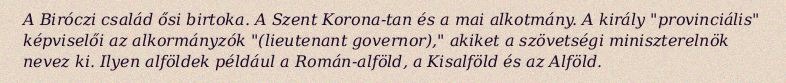
A Biróczi család ősi birtoka. A Szent Korona-tan és a mai alkotmány. A király "provinciális" képviselői az alkormányzók "(lieutenant governor)," akiket a szövetségi miniszterelnök nevez ki. Ilyen alföldek például a Román-alföld, a Kisalföld és az Alföld.